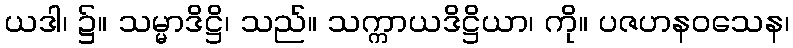
ယဒါ၊ ၌။ သမ္မာဒိဋ္ဌိ၊ သည်။ သက္ကာယဒိဋ္ဌိယာ၊ ကို။ ပဇဟနဝသေန၊